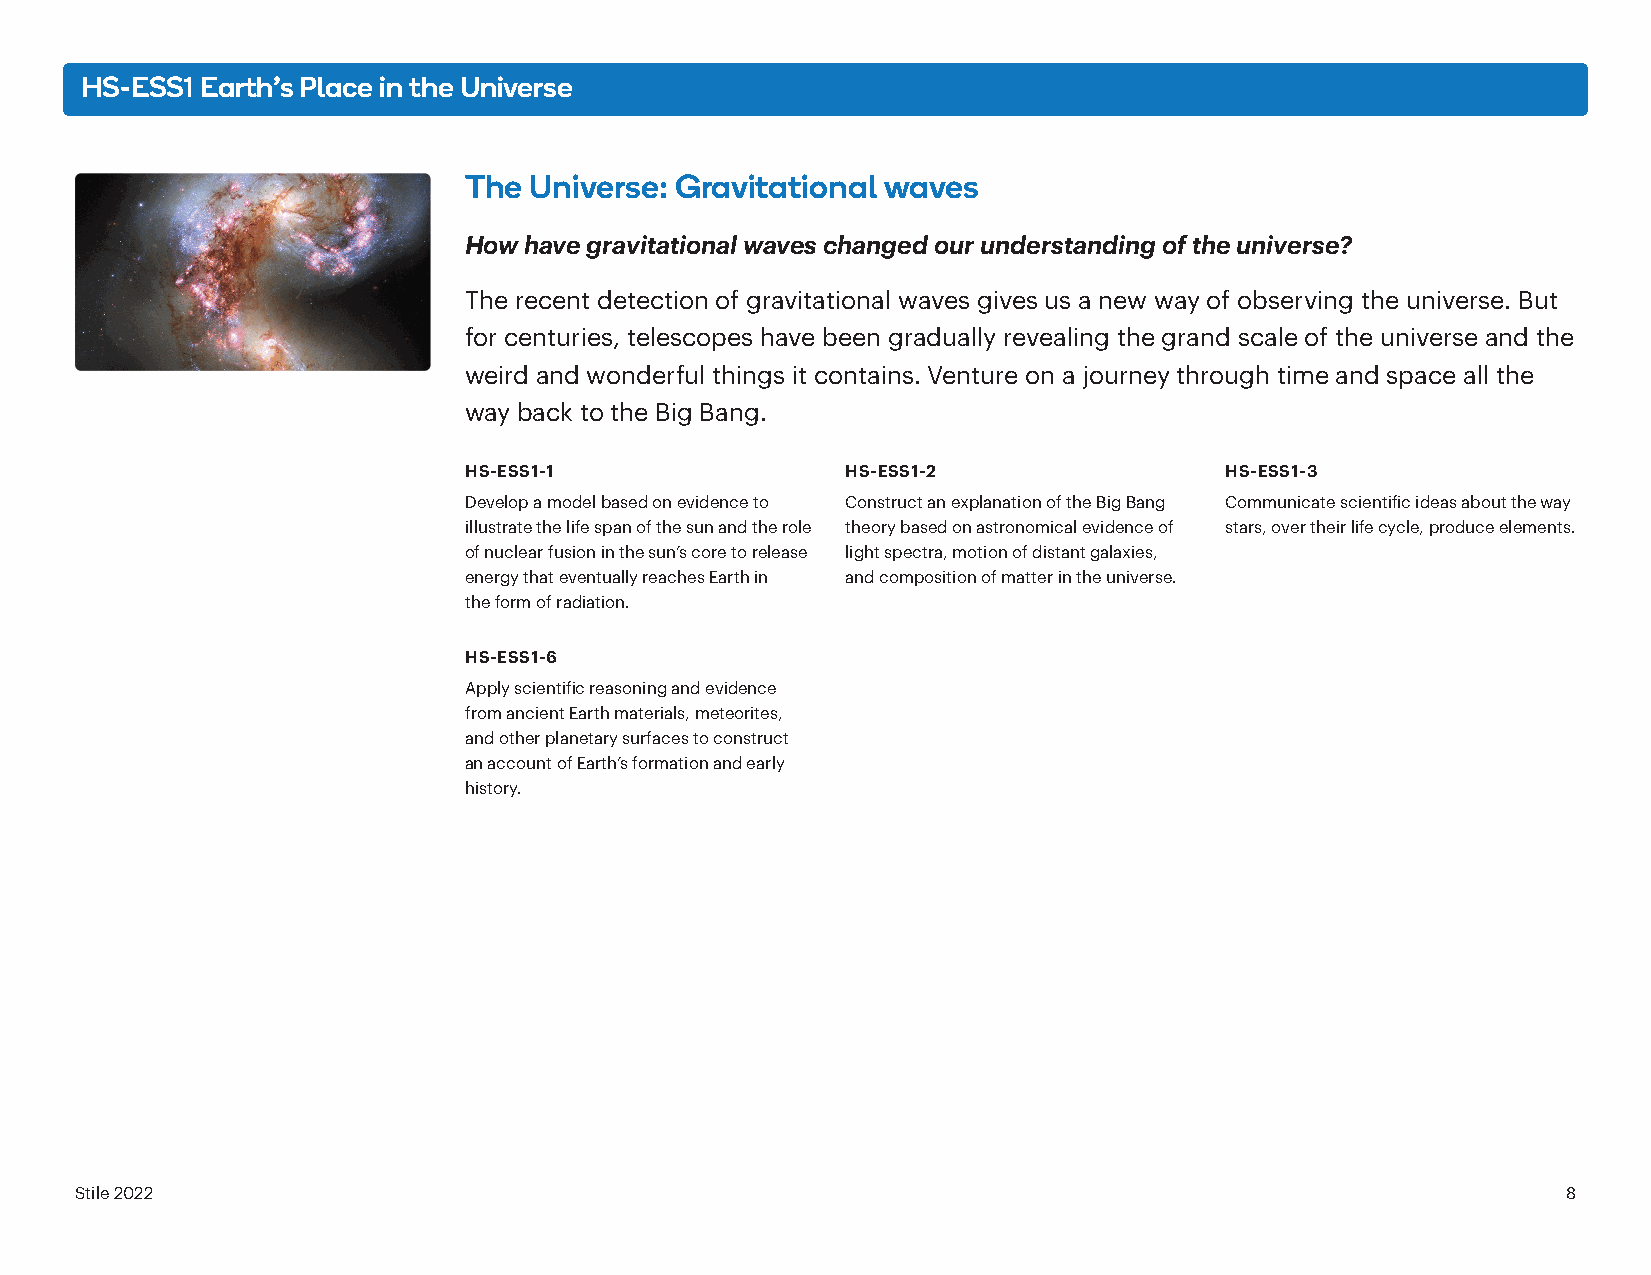
HS-ESS1 Earth’s Place in the Universe
 The Universe: Gravitational waves
 How have gravitational waves changed our understanding of the universe?
 The recent detection of gravitational waves gives us a new way of observing the universe. But
 for centuries, telescopes have been gradually revealing the grand scale of the universe and the
 weird and wonderful things it contains. Venture on a journey through time and space all the
 way back to the Big Bang.
 HS-ESS1-1                HS-ESS1-2                HS-ESS1-3
 Develop a model based on evidence to Construct an explanation of the Big Bang Communicate scientific ideas about the way
 illustrate the life span of the sun and the role theory based on astronomical evidence of stars, over their life cycle, produce elements.
 of nuclear fusion in the sun’s core to release light spectra, motion of distant galaxies,
 energy that eventually reaches Earth in and composition of matter in the universe.
 the form of radiation.
 HS-ESS1-6
 Apply scientific reasoning and evidence
 from ancient Earth materials, meteorites,
 and other planetary surfaces to construct
 an account of Earth’s formation and early
 history.
 Stile 2022                                                                                         8